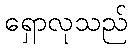
ရှောလုသည်